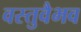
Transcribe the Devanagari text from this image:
वस्तुवैभव